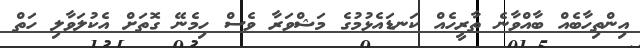
އިންތިހާބެއް ބާއްވާނެ ތާރީހެއް ކަނޑައެޅުމުގެ މަޝްވަރާ ވެސް ހިމެނޭ ގޮތަށް އެކުލަވާލި ހަތް